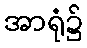
အာရုံ၌